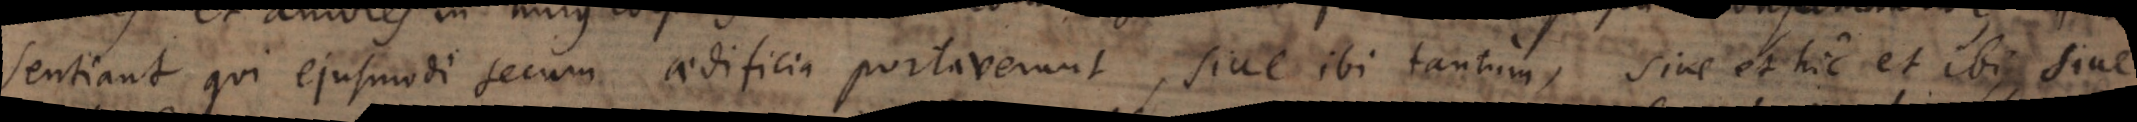
sentiant qui ejusmodi secum aedificia portaverunt, sive ibi tantum, sive et hic et ibi, sive